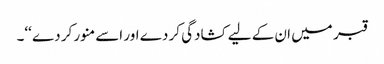
قبر میں ان کے لیے کشادگی کر دے اور اسے منور کر دے ‘‘۔